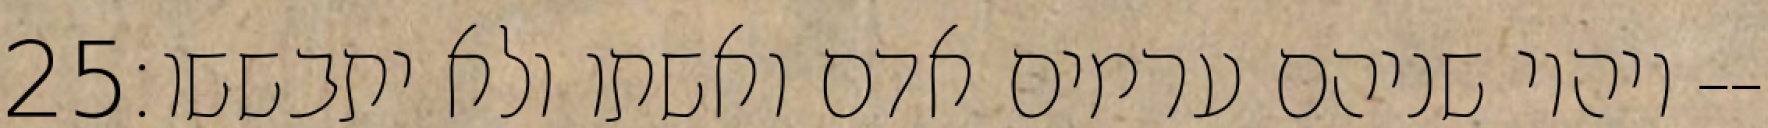
‎25‏ ויהיו שניהם ערמים אדם ואשתו ולא יתבששו׃--